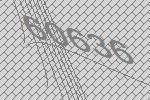
60636